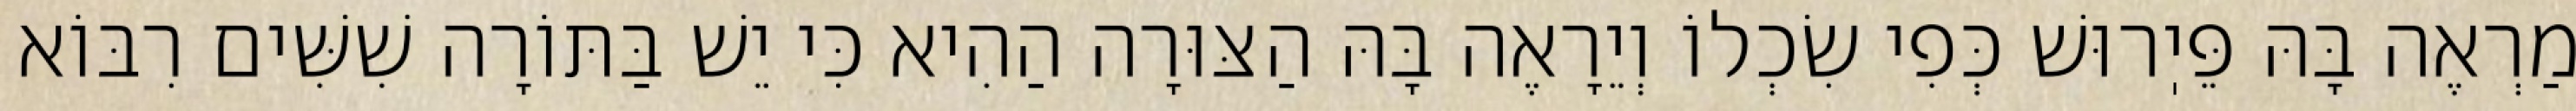
מַרְאֶה בָּהּ פֵּיֽרוּשׁ כְּפִי שִׂכְלוֹ וְיֵרָאֶה בָּהּ הַצּוּרָה הַהִיא כִּי יֵשׁ בַּתּוֹרָה שִׁשִּׁים רִבּוֹא